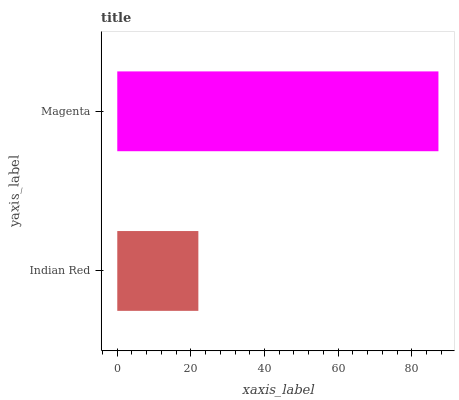
| yaxis_label | bars |
 | --- | --- |
 | Indian Red | 22 |
 | Magenta | 87.3 |